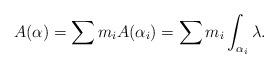
LaTeX: \begin{align*}A(\alpha)=\sum m_{i}A(\alpha_{i})=\sum m_{i}\int_{\alpha_{i}}\lambda. \end{align*}